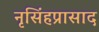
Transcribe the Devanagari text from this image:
नृसिंहप्रासाद